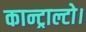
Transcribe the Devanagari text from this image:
कान्ट्राल्टो।